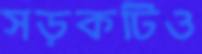
সড়কটিও